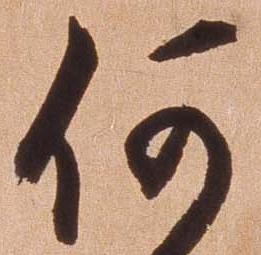
何